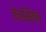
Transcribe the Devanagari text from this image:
तेजस्वितेने